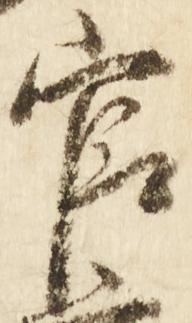
官